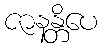
ဇာနန္တိပေ